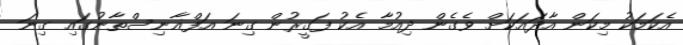
އެކަމަކު މިކަން އާދައަކަށް ވެގެން ދިއުމާ އެކު ފަގީރުން ގިނަ އަފްޣާނިސްތާނުގައި ގިނަ